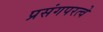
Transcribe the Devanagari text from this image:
प्रसंगपरत्वे